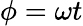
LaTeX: \phi=\omega t